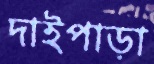
দাইপাড়া